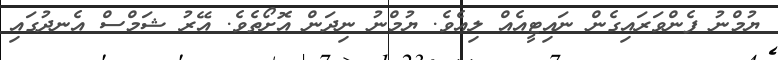
ޔުމްނު ފެންވަރައިގެން ނައިޓީއެއް ލިއެވެ. ޔުމްނު ނިދަން އޮށޯތެވެ. އޭރު ޝަމްސް އެނދުގައި